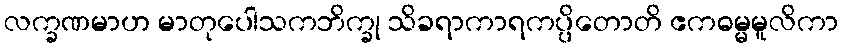
လက္ခဏမာဟ မာတုပေါသကဘိက္ခု သိခရာကာရကပ္ပိတောတိ ဧကဓမ္မမူလိကာ